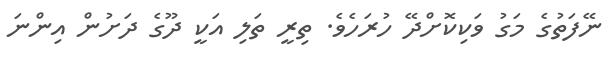
ނޭފަތުގެ މަގު ވަކިކޮށްދޭ ހުރަހެވެ. ތިރީ ތަލި އަކީ ދޫގެ ދަށުން އިންނަ